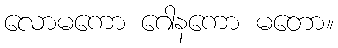
လောမကော ဂေါနကော မတော။